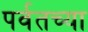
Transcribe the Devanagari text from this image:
पर्वतच्या